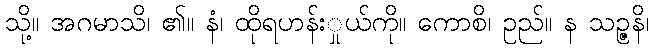
သို့။ အဂမာသိ၊ ၏။ နံ၊ ထိုရဟန်းှုယ်ကို။ ကောစိ၊ ဥည်။ န သဉ္ဇနိ၊